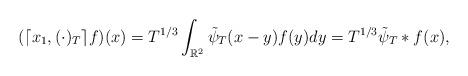
LaTeX: \begin{align*}( \lceil x_1,(\cdot)_T \rceil f)(x)=T^{1/3}\int_{\mathbb{R}^2}\tilde\psi_T(x-y)f(y)dy=T^{1/3}\tilde\psi_T*f(x),\end{align*}